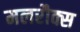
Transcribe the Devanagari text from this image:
मलरौक्स